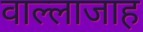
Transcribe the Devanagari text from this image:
वाल्लाजाह